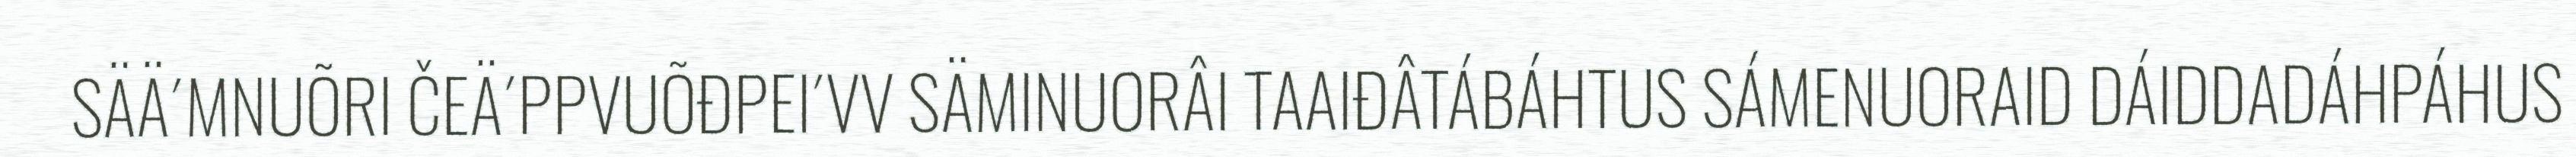
SÄÄ´MNUÕRI ČEÄ´PPVUÕĐPEI´VV SÄMINUORÂI TAAIĐÂTÁBÁHTUS SÁMENUORAID DÁIDDADÁHPÁHUS